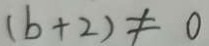
( b + 2 ) \neq 0